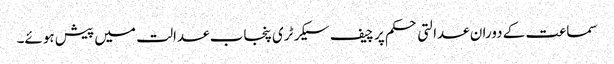
سماعت کے دوران عدالتی حکم پر چیف سیکرٹری پنجاب عدالت میں پیش ہوئے۔